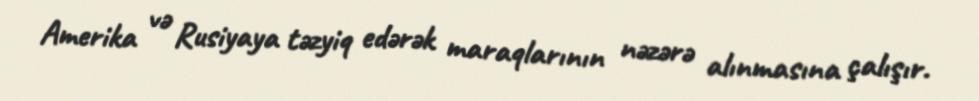
Amerika və Rusiyaya təzyiq edərək maraqlarının nəzərə alınmasına çalışır.